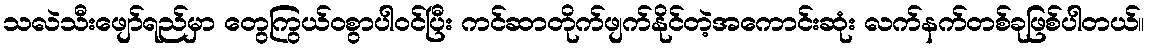
သလဲသီးဖျော်ရည်မှာ တွေကြွယ်ဝစွာပါဝင်ပြီး ကင်ဆာတိုက်ဖျက်နိုင်တဲ့အကောင်းဆုံး လက်နက်တစ်ခုဖြစ်ပါတယ်။